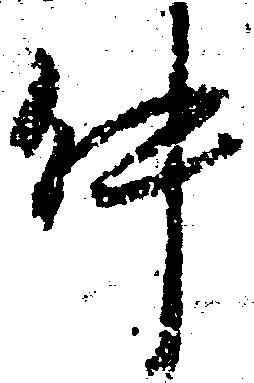
件